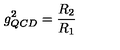
g _ { Q C D } ^ { 2 } = \frac { R _ { 2 } } { R _ { 1 } }